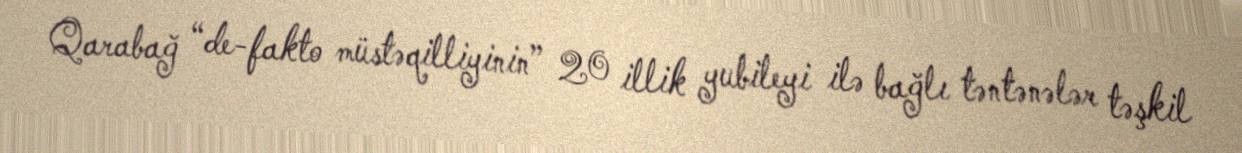
Qarabağ “de-fakto müstəqilliyinin” 20 illik yubileyi ilə bağlı təntənələr təşkil